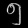
Digit: ၅